Epidemic dropsy in Calcutta - Number 49
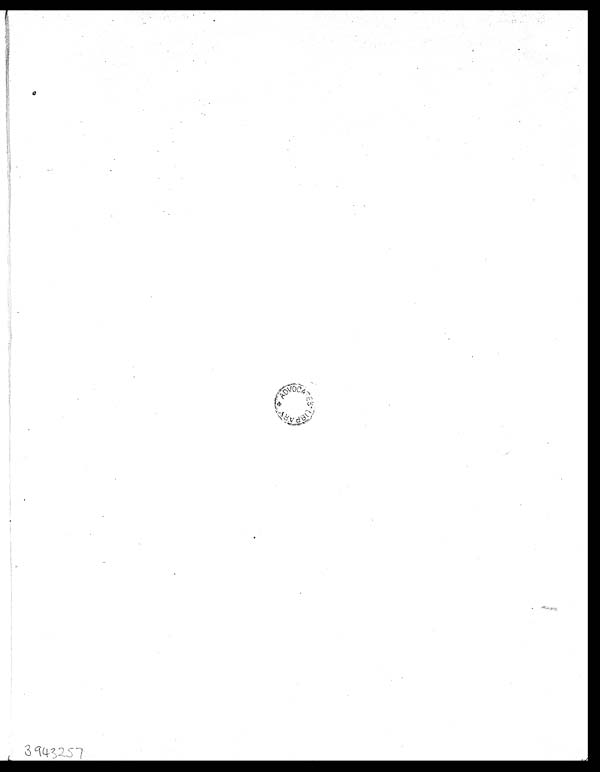
3943257